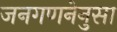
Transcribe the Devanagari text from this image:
जनगणनेनुसा